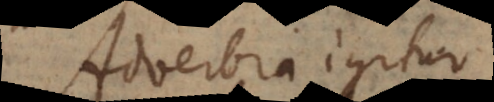
Adverbia igitur